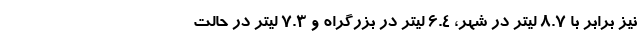
نیز برابر با 8.7 لیتر در شهر، 6.4 لیتر در بزرگراه و 7.3 لیتر در حالت